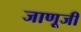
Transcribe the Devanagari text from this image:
जाणूजी